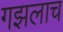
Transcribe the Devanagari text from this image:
गझलाच